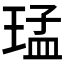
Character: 𤦕